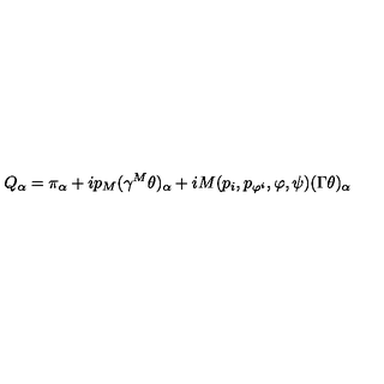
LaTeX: Q _ { \alpha } = \pi _ { \alpha } + i p _ { M } ( \gamma ^ { M } \theta ) _ { \alpha } + i M ( p _ { i } , p _ { \varphi ^ { i } } , \varphi , \psi ) ( \Gamma \theta ) _ { \alpha } \,